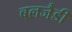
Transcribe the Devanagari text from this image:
बलजैडी